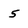
Character: 5